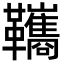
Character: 䪎